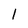
Character: l